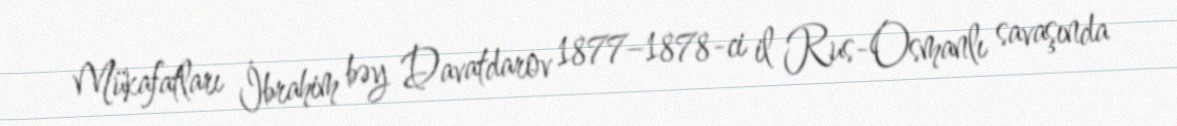
Mükafatları İbrahim bəy Davatdarov 1877–1878-ci il Rus-Osmanlı savaşında